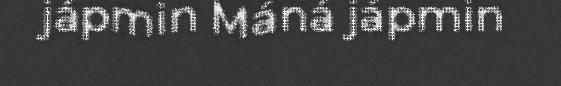
jápmin Máná jápmin